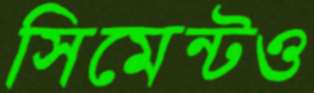
সিমেন্টও